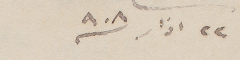
٢٢ اذار /٩٠٨